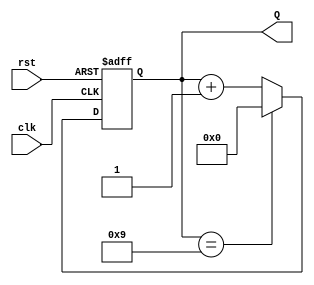
module DecadeCounter (
    input wire clk,        // Clock signal
    input wire rst,        // Asynchronous reset signal
    output reg [3:0] Q     // 4-bit output representing the current count
);

// Always block triggered on clock's rising edge or reset
always @(posedge clk or posedge rst) begin
    if (rst) begin
        // Asynchronous reset: set count to 0
        Q <= 4'b0000;
    end else begin
        // Next state logic: increment count unless it is 9
        if (Q == 4'b1001) begin
            Q <= 4'b0000; // Reset to 0 when count reaches 10
        end else begin
            Q <= Q + 1'b1; // Increment count
        end
    end
end

endmodule